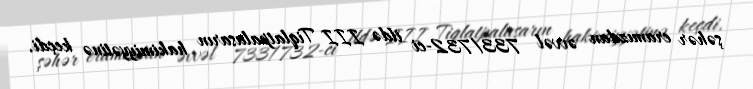
şəhər eramızdan əvvəl 733/732-ci ildə III Tiqlatpalasarın hakimiyyətinə keçdi.